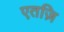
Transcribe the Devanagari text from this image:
एतज़ि